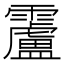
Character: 𩆴